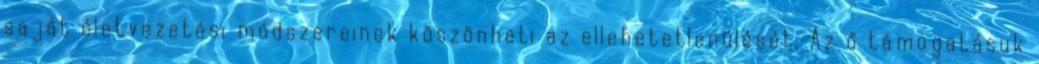
saját életvezetési módszereinek köszönheti az ellehetetlenülését. Az ő támogatásuk